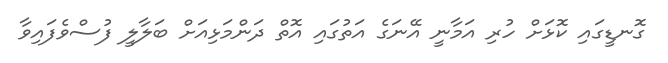
ގޮނޑީގައި ކޮޅަށް ހުރި އަމާނީ އޭނަގެ އަތުގައި އޮތް ދަންމަޅިއަށް ބަލާލީ ފުސްވެފައިވާ